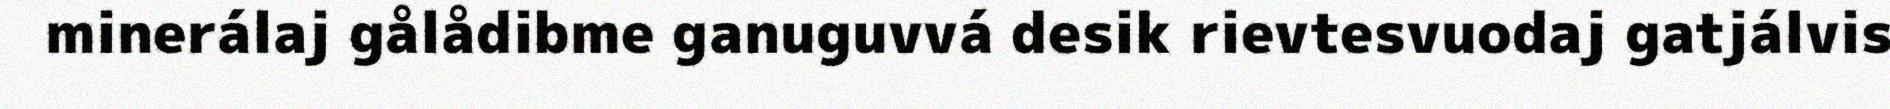
minerálaj gålådibme ganuguvvá desik rievtesvuodaj gatjálvis